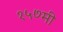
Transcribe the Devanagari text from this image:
१५७मी